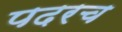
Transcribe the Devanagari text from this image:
पदरच